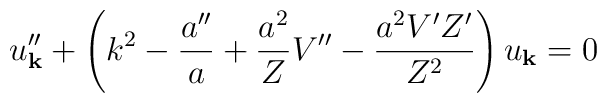
u_{\bf k}^{\prime \prime} + \left( k^2 -\frac{a^{\prime \prime}}{a} + \frac{a^2}{Z} V^{\prime\prime} -\frac{a^2 V^{\prime} Z^{\prime}}{Z^2} \right)u_{\bf k} = 0